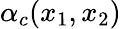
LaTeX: \alpha_{c}(x_{1},x_{2})